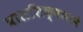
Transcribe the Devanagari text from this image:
बालशिक्षणाने